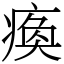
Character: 瘓